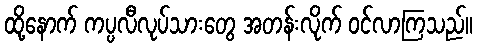
ထို့နောက် ကပ္ပလီလုပ်သားတွေ အတန်းလိုက် ဝင်လာကြသည်။